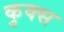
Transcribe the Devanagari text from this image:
कुक्स